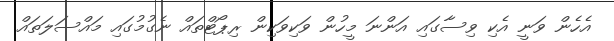
އެހެން ވަނީ އެކި ވިސާގައި އަންނަ މީހުން ވަކިވަކިން ރިޕޯޓްތައް ނެގުމުގައި މައްސަލަތައް